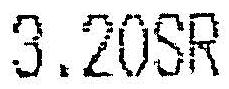
3.20SR